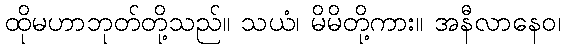
ထိုမဟာဘုတ်တို့သည်။ သယံ၊ မိမိတို့ကား။ အနီလာနေဝ၊